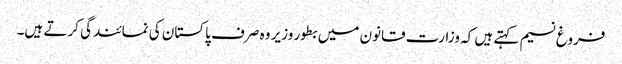
فروغ نسیم کہتے ہیں کہ وزارت قانون میں بطور وزیر وہ صرف پاکستان کی نمائندگی کرتے ہیں۔